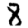
Digit: 8